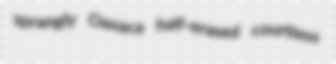
sprangly Oaxaca half-erased courtless